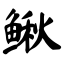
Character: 鳅